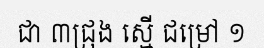
ជា ៣ជ្រុង ស្មើ ជម្រៅ ១